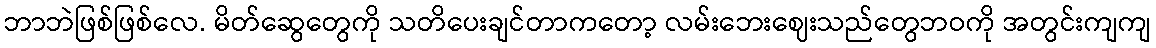
ဘာဘဲဖြစ်ဖြစ်လေ. မိတ်ဆွေတွေကို သတိပေးချင်တာကတော့ လမ်းဘေးဈေးသည်တွေဘဝကို အတွင်းကျကျ